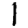
Digit: 1